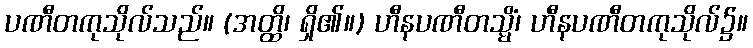
ပဏီတကုသိုလ်သည်။ (အတ္ထိ၊ ရှိ၏။) ဟီနပဏီတသ္မိံ၊ ဟီနပဏီတကုသိုလ်၌။